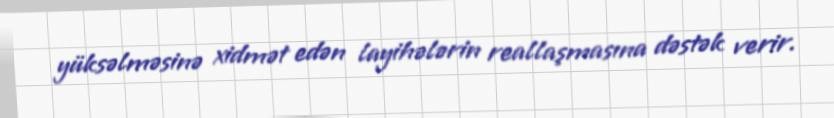
yüksəlməsinə xidmət edən layihələrin reallaşmasına dəstək verir.